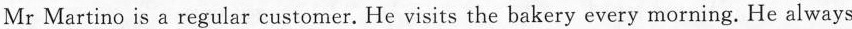
Mr Martino is a regular customer. He visits the bakery every morning. He always